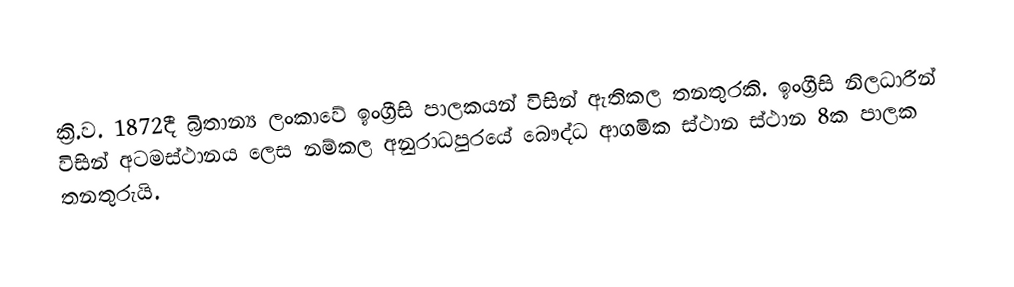
ක්‍රි.ව. 1872දී බ්‍රිතාන්‍ය ලංකාවේ ඉංග්‍රීසි පාලකයන් විසින් ඇතිකල තනතුරකි. ඉංග්‍රීසි නිලධාරීන් විසින් අටමස්ථානය ලෙස නම්කල අනුරාධපුරයේ බෞද්ධ ආගමික ස්ථාන ස්ථාන 8ක පාලක තනතුරුයි.